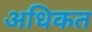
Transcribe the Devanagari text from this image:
अधिकत